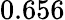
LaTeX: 0.656